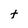
Character: t